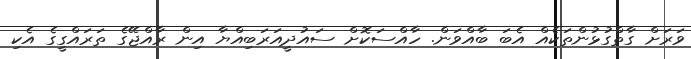
ވަރަށް ގާތްގުޅުންތަކެއް އެބަ ބާއްވަން. ހާއްސަކޮށް ސައުދީއަރަބިއްޔާ އިން ރާއްޖޭގެ ތަރައްގީގެ އެކި